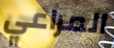
المراعي